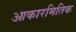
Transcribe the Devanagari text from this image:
आकारमितिक